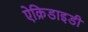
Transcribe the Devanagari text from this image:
ऐक्रिडाइडी